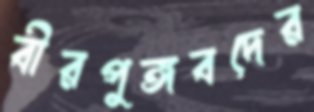
বীরপুঙ্গবদের